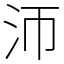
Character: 沞